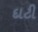
દાટી